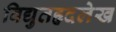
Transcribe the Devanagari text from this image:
विद्युतहृदलेख